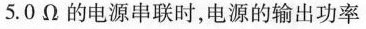
5 . 0$$\Omega的电源串联时，电源的输出功率